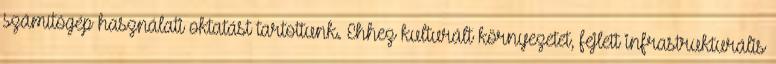
számítógép használati oktatást tartottunk. Ehhez kulturált környezetet, fejlett infrastrukturális